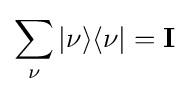
\sum _{\nu }|\nu \rangle \langle \nu |=\mathbf {I}